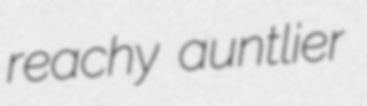
reachy auntlier